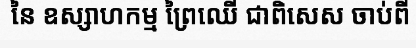
នៃ ឧស្សាហកម្ម ព្រៃឈើ ជាពិសេស ចាប់ពី